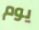
يوم